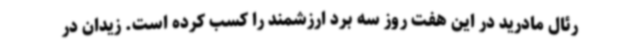
رئال مادرید در این هفت روز سه برد ارزشمند را کسب کرده است. زیدان در